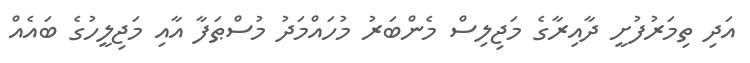
އަދި ތިމަރުފުށީ ދާއިރާގެ މަޖިލިސް މެންބަރު މުހައްމަދު މުސްޠަފާ އާއި މަޖިލީހުގެ ބައެއް